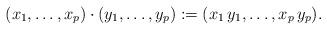
LaTeX: \begin{align*}(x_{1},\ldots,x_{p})\cdot(y_{1},\ldots,y_{p}):=(x_{1}\,y_{1},\ldots,x_{p}\,y_{p}).\end{align*}